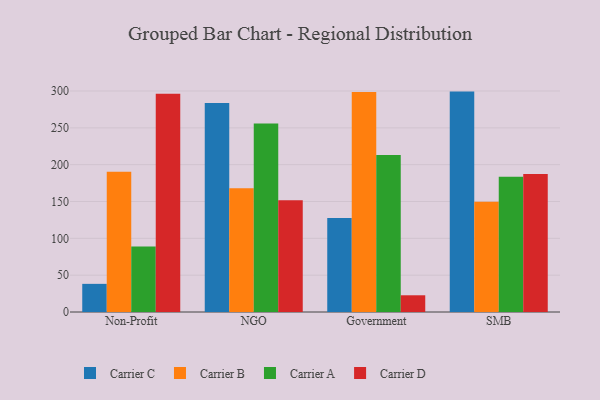
{"axis": {"x": "Segment", "y": "Conversion Rate (%)"}, "legend": ["Carrier A", "Carrier B", "Carrier C", "Carrier D"], "data": [{"x": "Non-Profit", "y": 38.2, "type": "Carrier C"}, {"x": "Non-Profit", "y": 190.4, "type": "Carrier B"}, {"x": "Non-Profit", "y": 88.8, "type": "Carrier A"}, {"x": "Non-Profit", "y": 296.2, "type": "Carrier D"}, {"x": "NGO", "y": 283.6, "type": "Carrier C"}, {"x": "NGO", "y": 168.0, "type": "Carrier B"}, {"x": "NGO", "y": 255.8, "type": "Carrier A"}, {"x": "NGO", "y": 151.7, "type": "Carrier D"}, {"x": "Government", "y": 127.5, "type": "Carrier C"}, {"x": "Government", "y": 298.5, "type": "Carrier B"}, {"x": "Government", "y": 213.3, "type": "Carrier A"}, {"x": "Government", "y": 22.7, "type": "Carrier D"}, {"x": "SMB", "y": 299.2, "type": "Carrier C"}, {"x": "SMB", "y": 149.6, "type": "Carrier B"}, {"x": "SMB", "y": 183.7, "type": "Carrier A"}, {"x": "SMB", "y": 187.2, "type": "Carrier D"}]}